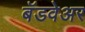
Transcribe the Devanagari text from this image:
बॅडवेअर